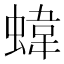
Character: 𧍫